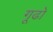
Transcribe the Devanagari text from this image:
गूढो